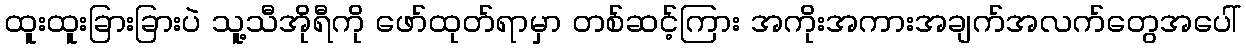
ထူးထူးခြားခြားပဲ သူ့သီအိုရီကို ဖော်ထုတ်ရာမှာ တစ်ဆင့်ကြား အကိုးအကားအချက်အလက်တွေအပေါ်